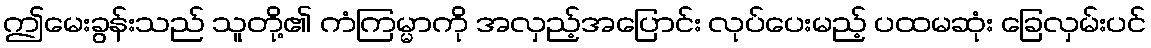
ဤမေးခွန်းသည် သူတို့၏ ကံကြမ္မာကို အလှည့်အပြောင်း လုပ်ပေးမည့် ပထမဆုံး ခြေလှမ်းပင်